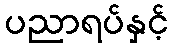
ပညာရပ်နှင့်